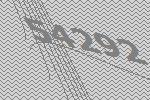
54292